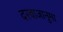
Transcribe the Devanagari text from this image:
दरवाजानुमा